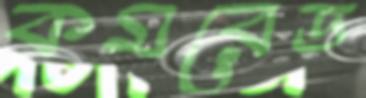
কমরেড